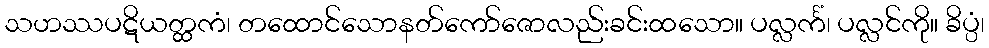
သဟဿပဋိယတ္ထကံ၊ တထောင်သောနတ်ကော်ဇောလည်းခင်းထသော။ ပလ္လင်္ကံ၊ ပလ္လင်ကို။ ခိပ္ပံ၊